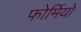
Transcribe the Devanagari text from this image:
फोर्मियो